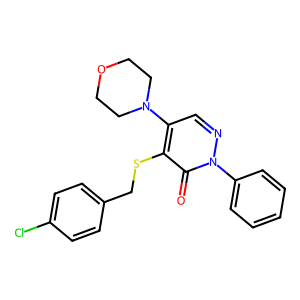
SMILES: O=c1c(SCc2ccc(Cl)cc2)c(N2CCOCC2)cnn1-c1ccccc1
Inhibits HIV replication: No